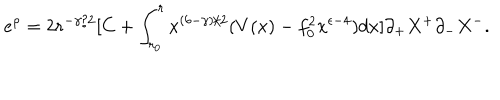
e ^ { \rho } = 2 r ^ { - \gamma / 2 } [ C + \int _ { r _ { 0 } } ^ { r } x ^ { ( 6 - \gamma ) / 2 } ( V ( x ) - f _ { 0 } ^ { 2 } x ^ { \epsilon - 4 } ) d x ] \partial _ { + } X ^ { + } \partial _ { - } X ^ { - } .